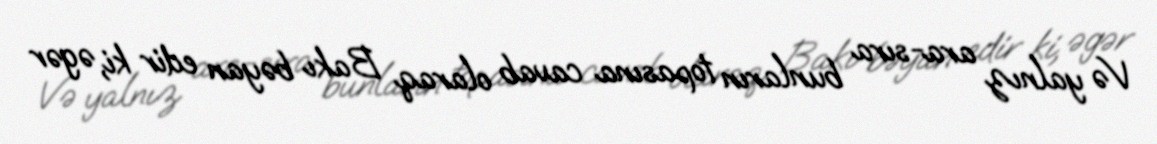
Və yalnız ara-sıra bunların topasına cavab olaraq Bakı bəyan edir ki, əgər